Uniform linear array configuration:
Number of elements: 32
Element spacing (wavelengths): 0.25
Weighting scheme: hann
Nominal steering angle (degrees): -30
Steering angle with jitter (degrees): -29.94
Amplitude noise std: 0.05
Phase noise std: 0.05

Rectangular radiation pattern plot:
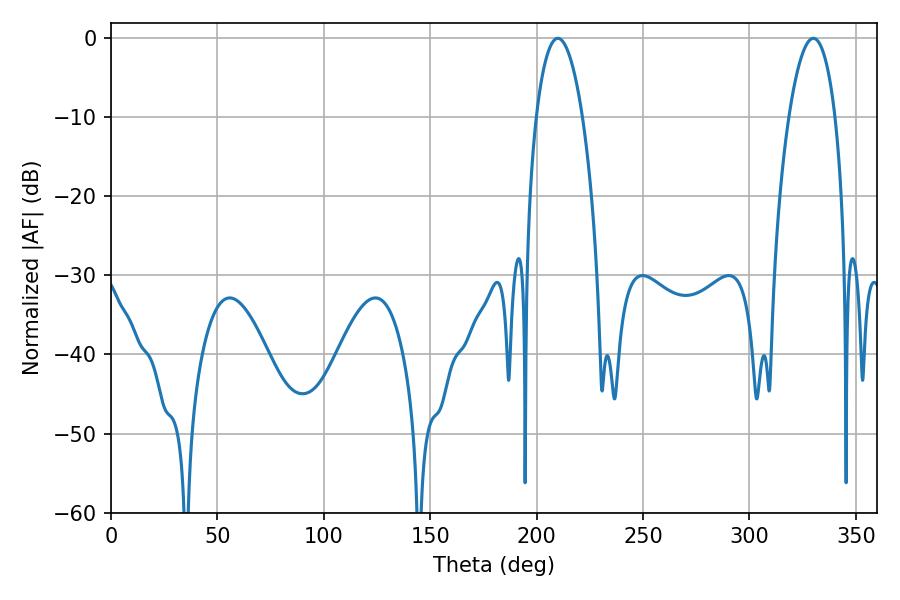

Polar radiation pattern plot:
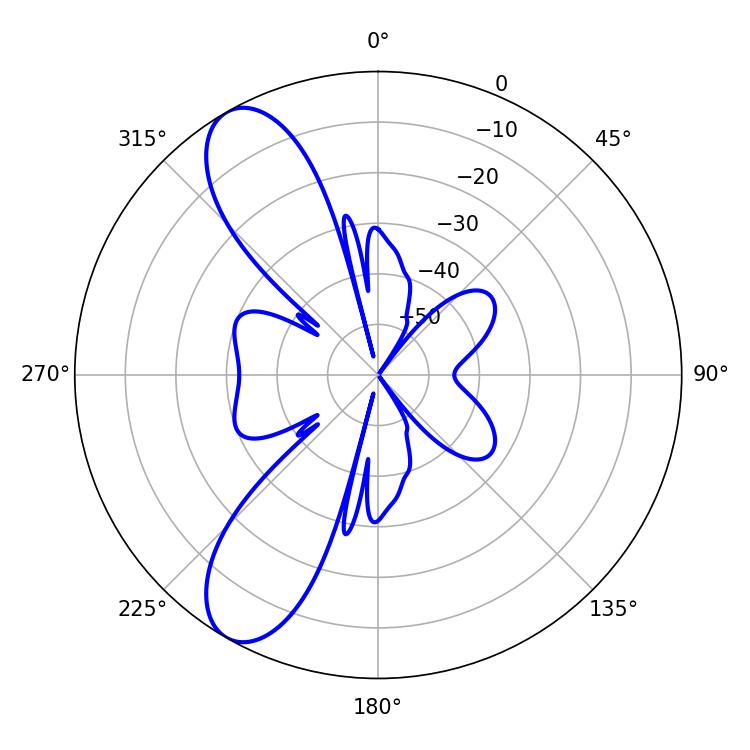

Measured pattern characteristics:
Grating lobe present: FALSE
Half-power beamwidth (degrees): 12.06
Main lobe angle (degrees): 210.06